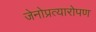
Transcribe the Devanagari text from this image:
जेनोप्रत्यारोपण